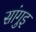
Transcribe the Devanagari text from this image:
सांगुइ